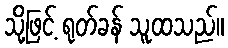
သို့ဖြင့် ရုတ်ခန် သူထသည်။